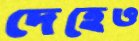
দেহেও